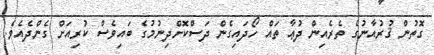
ގޮތުން ޤުރުއާނުގެ ތެރެއިން ދުޢާ ތައް ހޯދައިގެން ދަސްކޮށްދިނުމުގެ ބައިވެސް ކުރިއަށް ގެންދެއެވެ.